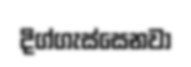
දිග්ගැස්සෙනවා